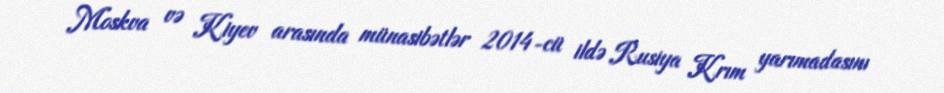
Moskva və Kiyev arasında münasibətlər 2014-cü ildə Rusiya Krım yarımadasını